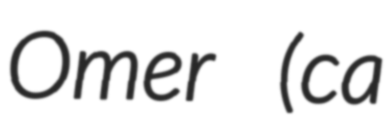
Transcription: Omer (ca